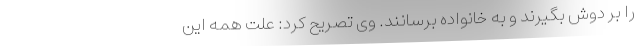
را بر دوش بگیرند و به خانواده برسانند. وی تصریح کرد: علت همه این